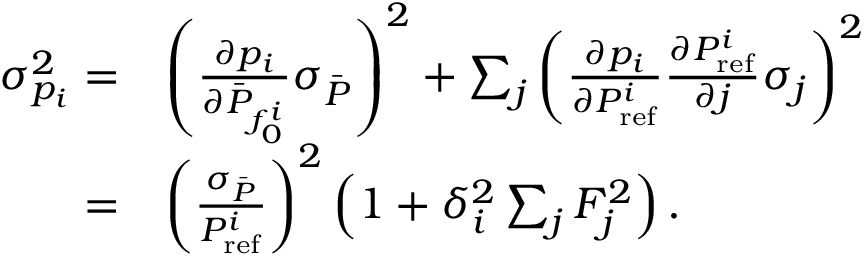
\begin{array} { r l } { \sigma _ { p _ { i } } ^ { 2 } = } & { \left( \frac { \partial p _ { i } } { \partial \bar { P } _ { f _ { 0 } ^ { i } } } \sigma _ { \bar { P } } \right) ^ { 2 } + \sum _ { j } \left( \frac { \partial p _ { i } } { \partial P _ { \mathrm { r e f } } ^ { i } } \frac { \partial P _ { \mathrm { r e f } } ^ { i } } { \partial j } \sigma _ { j } \right) ^ { 2 } } \\ { = } & { \left( \frac { \sigma _ { \bar { P } } } { P _ { \mathrm { r e f } } ^ { i } } \right) ^ { 2 } \left( 1 + \delta _ { i } ^ { 2 } \sum _ { j } F _ { j } ^ { 2 } \right) . } \end{array}